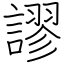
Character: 謬